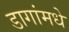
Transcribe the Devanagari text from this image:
डागांमधे